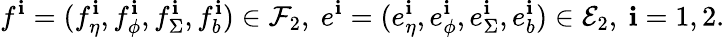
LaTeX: f^{\mathbf{i}}=(f_{\eta}^{\mathbf{i}},f_{\phi}^{\mathbf{i}},f_{\Sigma}^{\mathbf{i}},f_{b}^{\mathbf{i}})\in\mathcal{{F}}_{2},\ e^{\mathbf{i}}=(e_{\eta}^{\mathbf{i}},e_{\phi}^{\mathbf{i}},e_{\Sigma}^{\mathbf{i}},e_{b}^{\mathbf{i}})\in\mathcal{{E}}_{2},\ \mathbf{i}=1,2.